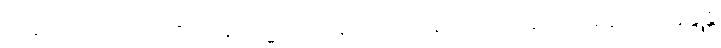
အမတာဘိသေကသဒိသေန ဗြဟ္မဿရေန ဘာသမာနဿ ဘဂဝတော ဝစနံ။ အဘိနန္ဒုန္တိ